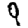
Digit: 9